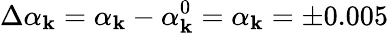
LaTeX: \Delta{\alpha}_{\mathbf{k}}={\alpha}_{\mathbf{k}}-{\alpha}_{\mathbf{k}}^{0}={\alpha}_{\mathbf{k}}=\pm0.005